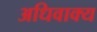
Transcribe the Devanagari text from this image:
अधिवाक्य